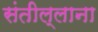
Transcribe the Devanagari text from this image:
संतील्लाना